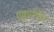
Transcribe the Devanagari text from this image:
एक्वाटिका